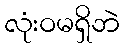
လုံးဝမရှိဘဲ